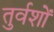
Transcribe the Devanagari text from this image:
तुर्वशों